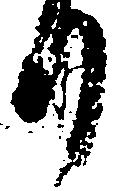
り